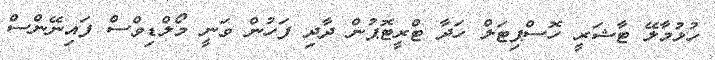
ހުޅުމާލޭ ޓާޝަރީ ހޮސްޕިޓަލް ހަދާ ޓްރީޓޮޕުން ދާދި ފަހުން ވަނީ މޯލްޑިވްސް ފައިނޭންސް